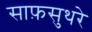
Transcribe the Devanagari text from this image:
साफ़सुथरे